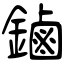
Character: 鏀